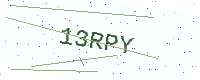
Text: 13RPY